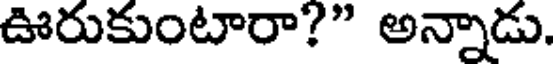
ఊరుకుంటారా?" అన్నాడు.